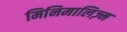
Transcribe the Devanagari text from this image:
मिनिमालिज़्म